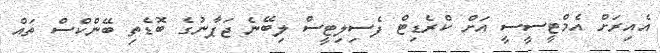
އެއިރަށް އެމްޓީސީސީ އަށް ކްރެޑިޓް ފެސިލިޓީސް ލިބޭނެ ޖަޕާނުގެ ބޮޑެތި ބޭންކްސް ތައް